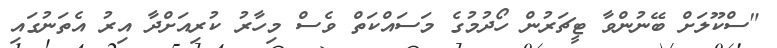
"ސްކޫލަށް ބޭނުންވާ ޓީޗަރުން ހޯދުމުގެ މަސައްކަތް ވެސް މިހާރު ކުރިއަށްދާ އިރު އެތަނުގައި